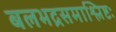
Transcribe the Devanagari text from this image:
बलभद्रसमाश्लिष्टः